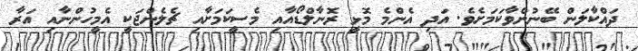
ދައްކާލަން ބޭނުންވާކަމަށެވެ. އަދި އެންމެ މޮޅީ ރޮނާލްޑޯއާއި މެސީކަމަށާއި ޗެލެންޖަކީ އެމީހުންނާއި އަރާ